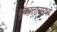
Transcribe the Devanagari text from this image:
युकातानमध्ये